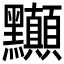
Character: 𲎘